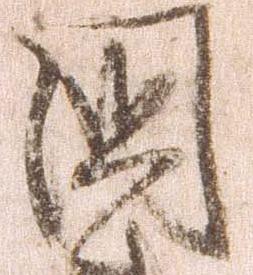
国